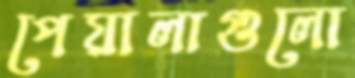
পেয়ালাগুলো